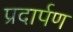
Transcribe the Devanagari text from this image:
प्रदार्पण